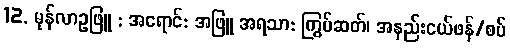
12. မုန်လာဥဖြူ : အရောင်: အဖြူ အရသာ: ကြွပ်ဆတ်၊ အနည်းငယ်ဖန်/စပ်